Report of the veterinary officer investigating camel disease
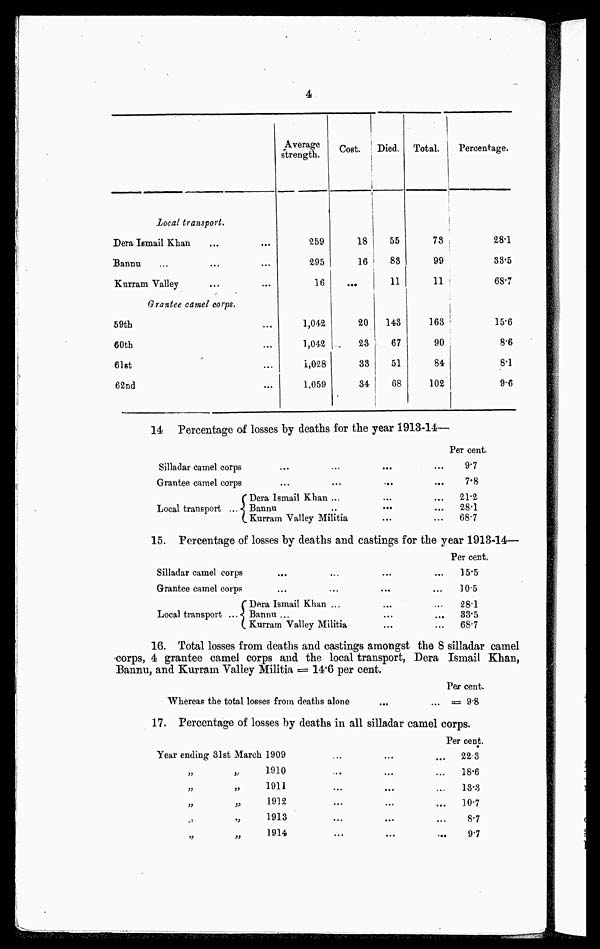
4
Local transport.
Dera Ismail Khan
Banna
Kurram Valley
Grantee camel corps.
59th
60th
61st
62nd
Average
strength.
259
295
16
1,042
1,042
1,028
1,059
Cost.
18
16
...
20
23
33
34
Died.
55
83
11
143
67
51
68
Total.
73
99
11
163
90
84
102
Percentage.
28.1
38.5
68.7
15.6
8.6
8.1
9.6
14 Percentage of losses by deaths for the year 1913-134—
Silladar camel corps .... ...
Grantee camel corps ... ...
Local transport ...
...
...
Dera Ismail Khan ...
Bannu ...
Kurram Valley Militia
Per cent.
9.7
7.8
21.2
28.1
68.7
15. Percentage of losses by deaths and castings for the year 1913-14—
Silladar camel corps
Grantee camel corps
Local transport ...
Dera Ismail Khan ...
Bannu ...
Kurram Valley Militia
Per cent.
15.5
10.5
28.1
33.5
68.7
16. Total losses from deaths and castings amongst the 8 silladar camel
corps, 4 grantee camel corps and the local transport, Dera Ismail Khan,
Bannu, and Kurram Valley Militia = 14.6 per cent.
Whereas the total losses from deaths alone
Per cent.
... = 9.8
17. Percentage of losses by deaths in all silladar camel corps.
Year ending 31st March 1909
„
„
„
„
„
„
„
„
„
„
1910
1911
1912
1913
1914
Per cent.
22.3
18.6
13.3
10.7
8.7
9.7